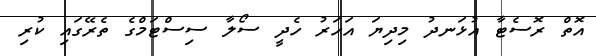
އޮތް ރޮސެޓާ އުޅަނދު މިދިޔަ އަހަރު ހެދީ ސޯލާ ސިސްޓަމްގެ ތެރޭގައި ކުރި